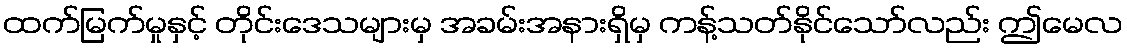
ထက်မြက်မှုနှင့် တိုင်းဒေသများမှ အခမ်းအနားရှိမှ ကန့်သတ်နိုင်သော်လည်း ဤမေလ